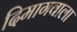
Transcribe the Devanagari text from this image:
दिमागवाला